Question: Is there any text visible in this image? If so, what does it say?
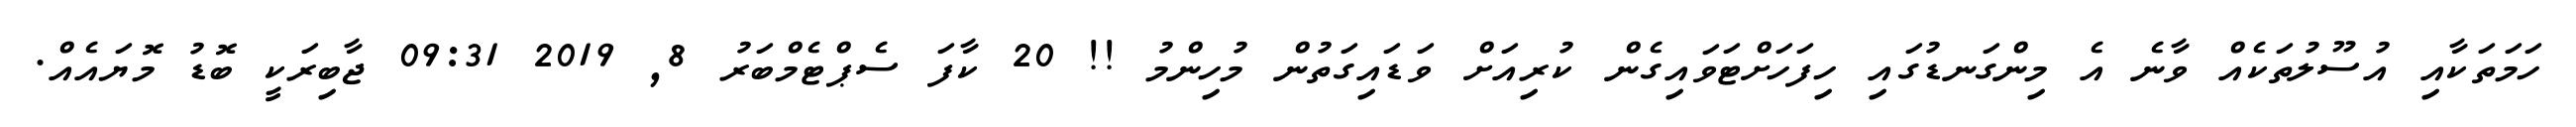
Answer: ހަމަތަކާއި އުސޫލުތަކެއް ވާނެ އެ މިންގަނޑުގައި ހިފަހަށްޓަވައިގެން ކުރިއަށް ވަޑައިގަތުން މުހިންމު !! 20 ކާފަ ސެޕްޓެމްބަރު 8, 2019 09:31 ޖާބިރަކީ ބޮޑު މޮޔައެއް.